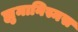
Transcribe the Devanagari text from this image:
ह्युमानिस्मस